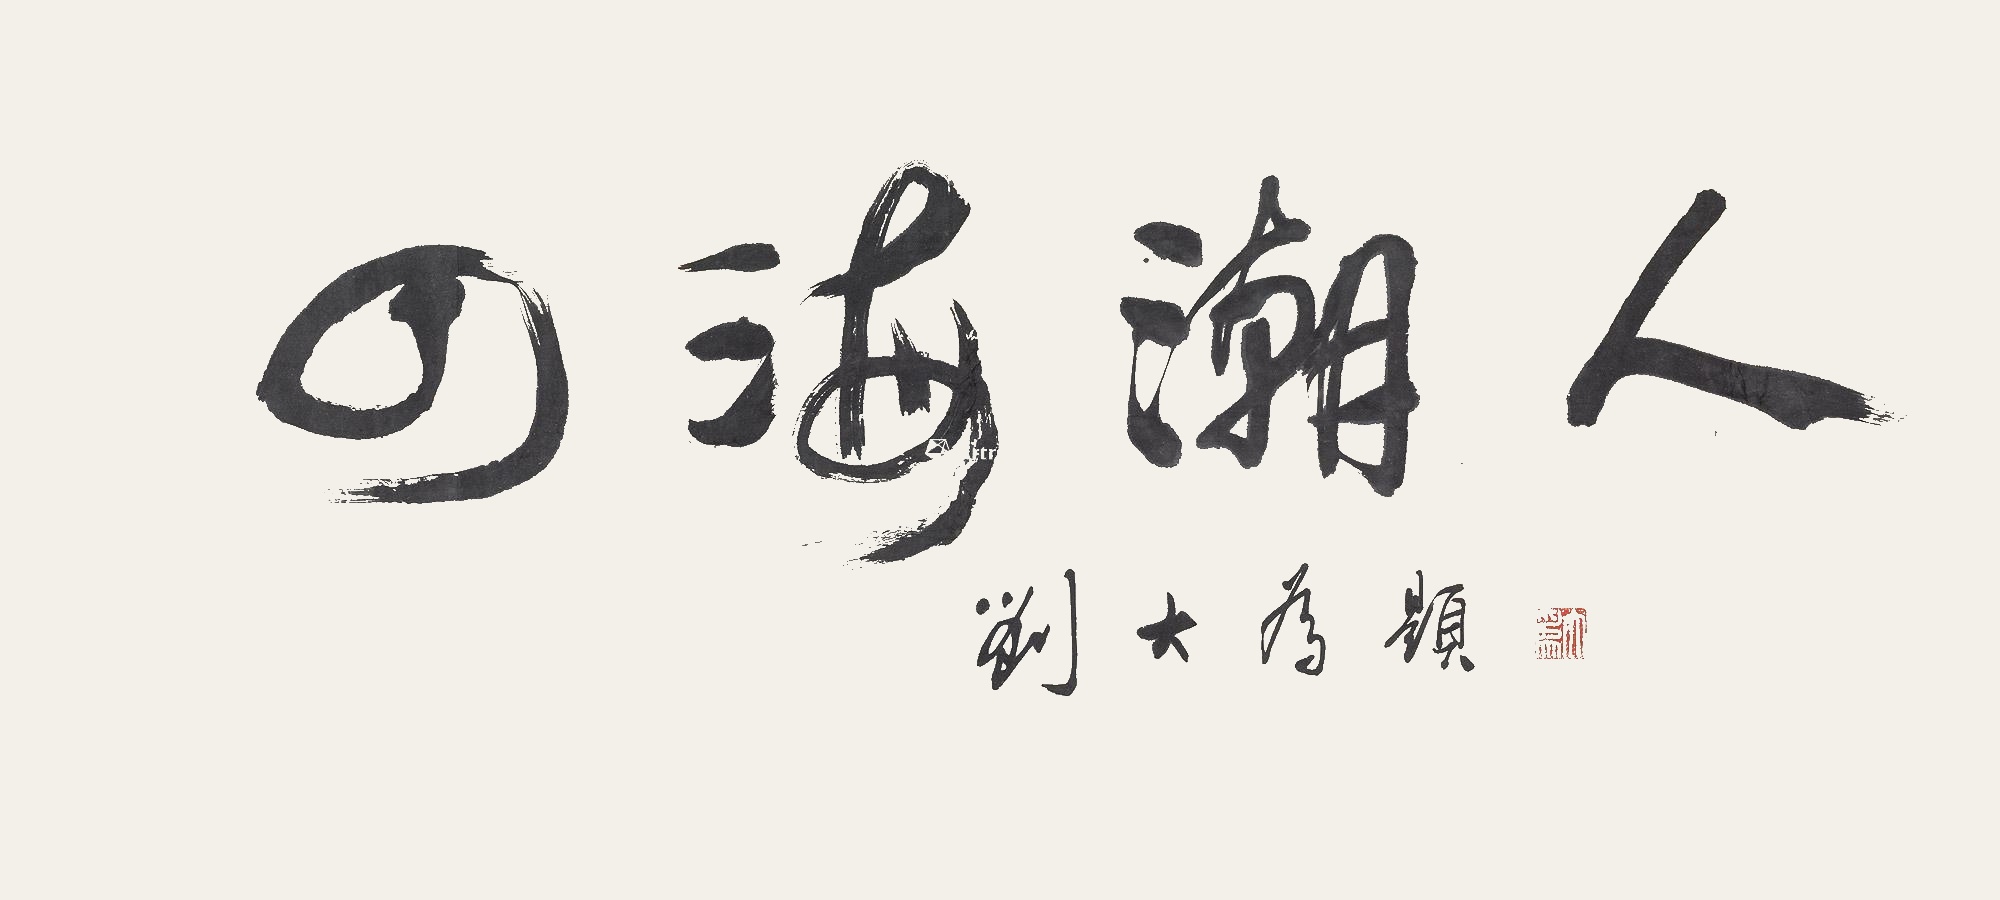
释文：四海潮人。刘大为题。